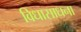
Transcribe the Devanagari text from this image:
विधासाधना